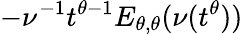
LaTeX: -\nu^{-1}t^{\theta-1}E_{\theta,\theta}(\nu(t^{\theta}))